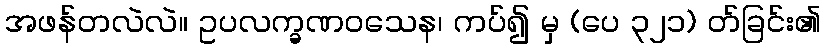
အဖန်တလဲလဲ။ ဥပလက္ခဏဝသေန၊ ကပ်၍ မှ (ပေ ၃၂၁) တ်ခြင်း၏